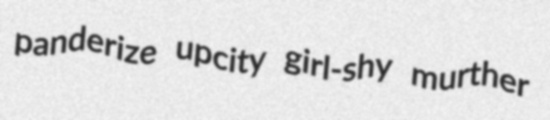
panderize upcity girl-shy murther